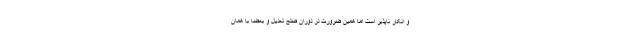
و انکار ناپذیر است اما همین ضرورت در دوران صلح تعدیل و بعضاً با همان